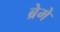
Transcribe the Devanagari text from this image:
ब्रेमे